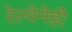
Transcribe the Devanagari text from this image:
रेल्वेनेही